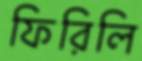
ফিরিলি